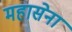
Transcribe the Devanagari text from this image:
महासेना